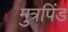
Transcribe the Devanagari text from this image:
मुत्रपिंड